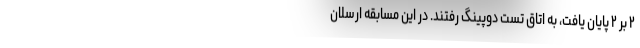
۲ بر ۲ پایان یافت، به اتاق تست دوپینگ رفتند. در این مسابقه ارسلان